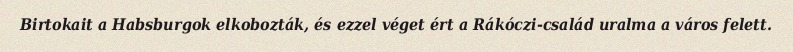
Birtokait a Habsburgok elkobozták, és ezzel véget ért a Rákóczi-család uralma a város felett.